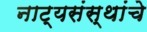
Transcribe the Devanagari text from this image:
नाट्यसंस्थांचे